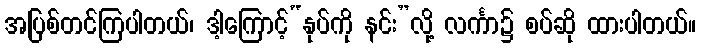
အပြစ်တင်ကြပါတယ်၊ ဒါ့ကြောင့်“နုပ်ကို နင်း”လို့ လင်္ကာ၌ စပ်ဆို ထားပါတယ်။